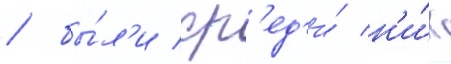
/ бы́л'и ср'ед'и́ н'и́х